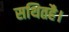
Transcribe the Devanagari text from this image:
सथितहै।